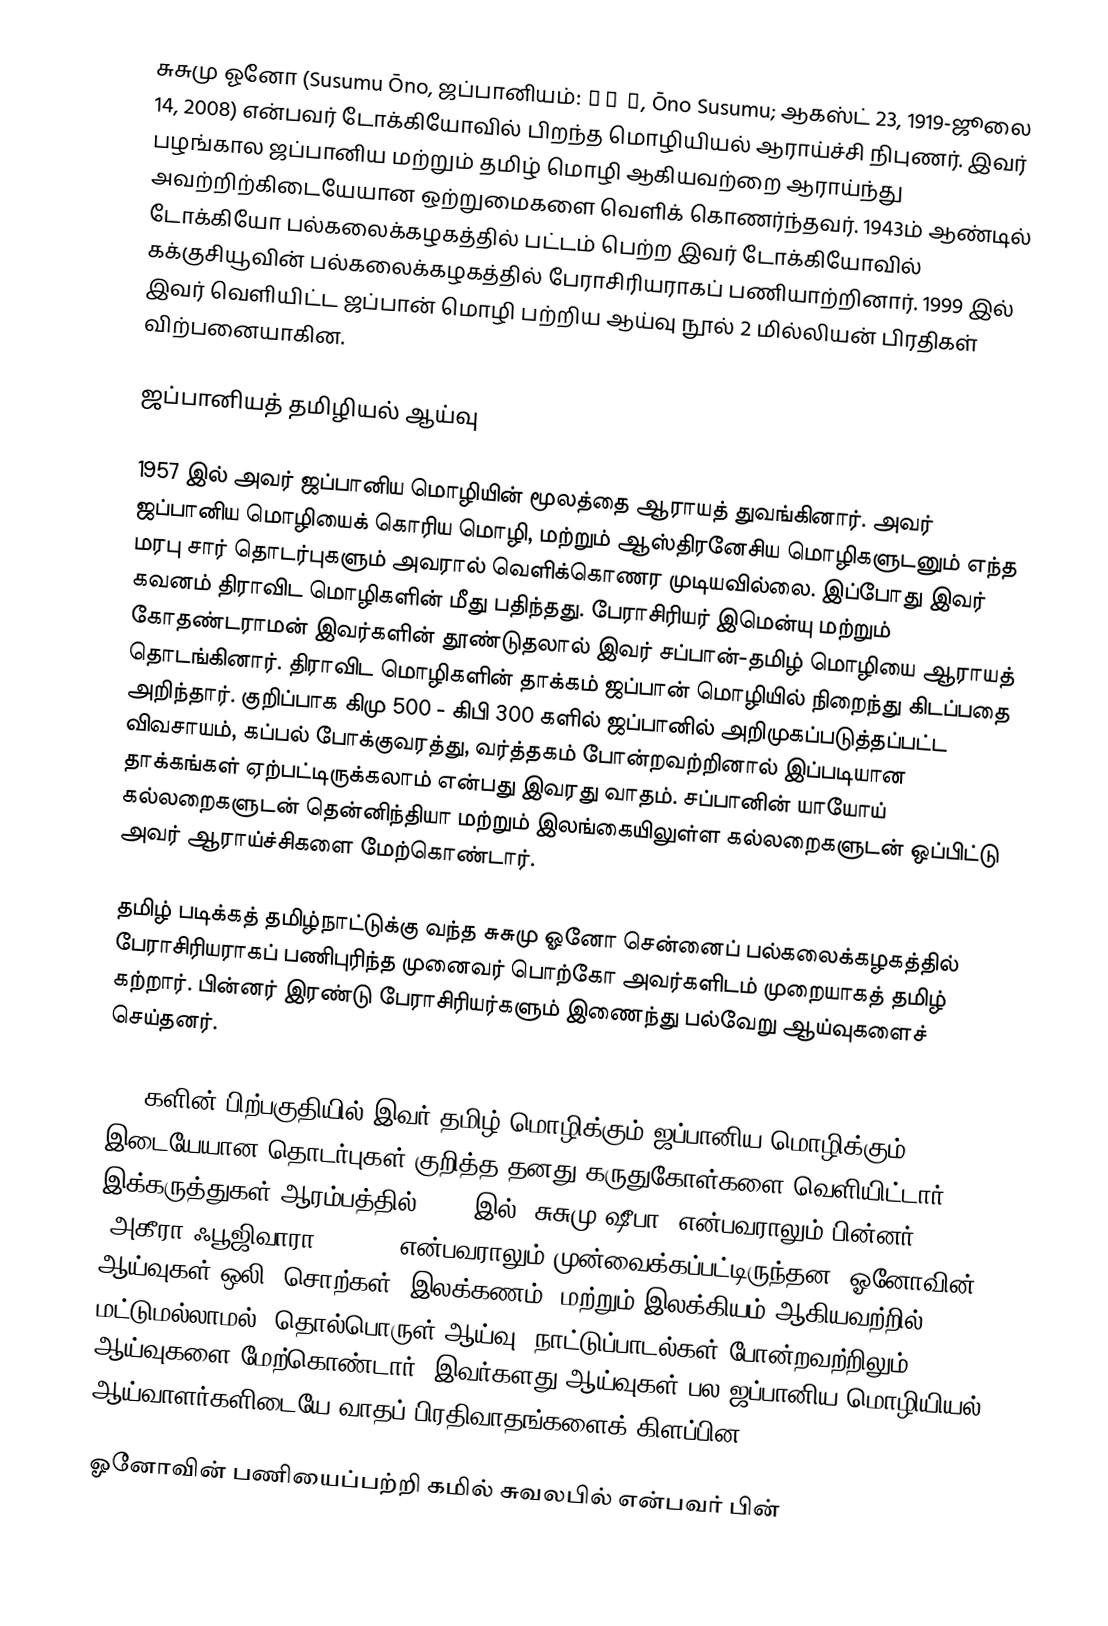
சுசுமு ஓனோ (Susumu Ōno, ஜப்பானியம்: 大野 晋, Ōno Susumu; ஆகஸ்ட் 23, 1919-ஜூலை 14, 2008) என்பவர் டோக்கியோவில் பிறந்த மொழியியல் ஆராய்ச்சி நிபுணர். இவர் பழங்கால ஜப்பானிய மற்றும் தமிழ் மொழி ஆகியவற்றை ஆராய்ந்து அவற்றிற்கிடையேயான ஒற்றுமைகளை வெளிக் கொணர்ந்தவர். 1943ம் ஆண்டில் டோக்கியோ பல்கலைக்கழகத்தில் பட்டம் பெற்ற இவர் டோக்கியோவில் கக்குசியூவின் பல்கலைக்கழகத்தில் பேராசிரியராகப் பணியாற்றினார். 1999 இல் இவர் வெளியிட்ட ஜப்பான் மொழி பற்றிய ஆய்வு நூல் 2 மில்லியன் பிரதிகள் விற்பனையாகின.

ஜப்பானியத் தமிழியல் ஆய்வு

1957 இல் அவர் ஜப்பானிய மொழியின் மூலத்தை ஆராயத் துவங்கினார். அவர் ஜப்பானிய மொழியைக் கொரிய மொழி, மற்றும் ஆஸ்திரனேசிய மொழிகளுடனும் எந்த மரபு சார் தொடர்புகளும் அவரால் வெளிக்கொணர முடியவில்லை. இப்போது இவர் கவனம் திராவிட மொழிகளின் மீது பதிந்தது. பேராசிரியர் இமென்யு மற்றும் கோதண்டராமன் இவர்களின் தூண்டுதலால் இவர் சப்பான்-தமிழ் மொழியை ஆராயத் தொடங்கினார். திராவிட மொழிகளின் தாக்கம் ஜப்பான் மொழியில் நிறைந்து கிடப்பதை அறிந்தார். குறிப்பாக கிமு 500 - கிபி 300 களில் ஜப்பானில் அறிமுகப்படுத்தப்பட்ட விவசாயம், கப்பல் போக்குவரத்து, வர்த்தகம் போன்றவற்றினால் இப்படியான தாக்கங்கள் ஏற்பட்டிருக்கலாம் என்பது இவரது வாதம். சப்பானின் யாயோய் கல்லறைகளுடன் தென்னிந்தியா மற்றும் இலங்கையிலுள்ள கல்லறைகளுடன் ஒப்பிட்டு அவர் ஆராய்ச்சிகளை மேற்கொண்டார்.

தமிழ் படிக்கத் தமிழ்நாட்டுக்கு வந்த சுசுமு ஓனோ சென்னைப் பல்கலைக்கழகத்தில் பேராசிரியராகப் பணிபுரிந்த முனைவர் பொற்கோ அவர்களிடம் முறையாகத் தமிழ் கற்றார். பின்னர் இரண்டு பேராசிரியர்களும் இணைந்து பல்வேறு ஆய்வுகளைச் செய்தனர்.

1970களின் பிற்பகுதியில் இவர் தமிழ் மொழிக்கும் ஜப்பானிய மொழிக்கும் இடையேயான தொடர்புகள் குறித்த தனது கருதுகோள்களை வெளியிட்டார். இக்கருத்துகள் ஆரம்பத்தில் 1970 இல் "சுசுமு ஷீபா" என்பவராலும் பின்னர் "அகீரா ஃபூஜிவாரா" (1981) என்பவராலும் முன்வைக்கப்பட்டிருந்தன. ஓனோவின் ஆய்வுகள் ஒலி, சொற்கள், இலக்கணம், மற்றும் இலக்கியம் ஆகியவற்றில் மட்டுமல்லாமல், தொல்பொருள் ஆய்வு, நாட்டுப்பாடல்கள் போன்றவற்றிலும் ஆய்வுகளை மேற்கொண்டார். இவர்களது ஆய்வுகள் பல ஜப்பானிய மொழியியல் ஆய்வாளர்களிடையே வாதப் பிரதிவாதங்களைக் கிளப்பின.

ஓனோவின் பணியைப்பற்றி கமில் சுவலபில் என்பவர் பின்